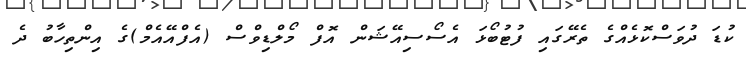
ކުޑަ ދުވަސްކޮޅެއްގެ ތެރޭގައި ފުޓުބޯޅަ އެސޯސިއޭޝަން އޮފް މޯލްޑިވްސް (އެފްއޭއެމް)ގެ އިންތިހާބު ދެ